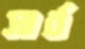
সার্ব